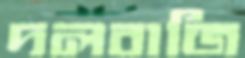
দলবাজি